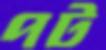
পট